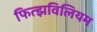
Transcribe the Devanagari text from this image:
फित्झविलियम